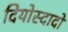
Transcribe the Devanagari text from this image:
दियोस्दादो